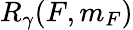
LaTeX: R_{\gamma}(F,m_{F})